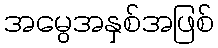
အမွေအနှစ်အဖြစ်